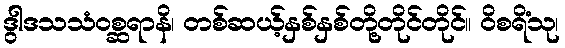
ဒွါဒသသံဝစ္ဆရာနိ၊ တစ်ဆယ့်နှစ်နှစ်တို့တိုင်တိုင်။ ဝိစရိံသု၊